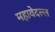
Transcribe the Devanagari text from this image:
महावेदल्ल